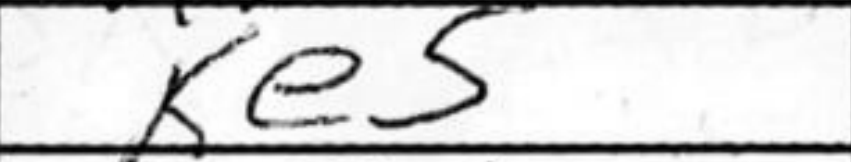
Transcription: Ke5